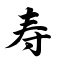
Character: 寿